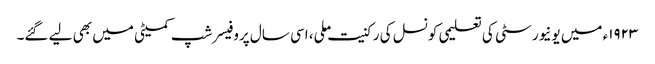
١٩٢٣ء میں یونیورسٹی کی تعلیمی کونسل کی رکنیت ملی، اسی سال پروفیسر شپ کمیٹی میں بھی لیے گئے۔